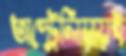
অস্ট্রেলিয়ায়ই